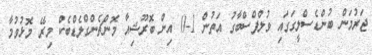
ޖަރުމަން ބުންޑެސްލީގަގައި ވުލްފްސްބާގު އަތުން 1-0 އިން ބޮރޫޝިއާ މޮންޗެންގްލެޑްބެކް މިރޭ މޮޅުވުމާ